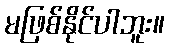
မဖြစ်နိုင်ပါဘူး။